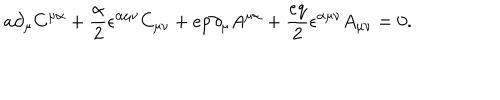
a \partial _ { \mu } C ^ { \mu \alpha } + { \frac { \alpha } { 2 } } \epsilon ^ { \alpha \mu \nu } C _ { \mu \nu } + e p \partial _ { \mu } A ^ { \mu \alpha } + { \frac { e q } { 2 } } \epsilon ^ { \alpha \mu \nu } A _ { \mu \nu } = 0 .